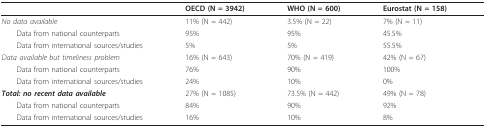
|  | OECD (N = 3942) | WHO (N = 600) | Eurostat (N = 158) |
 | --- | --- | --- | --- |
 | No data available | 11% (N = 442) | 3.5% (N = 22) | 7% (N = 11) |
 | Data from national counterparts | 95% | 95% | 45.5% |
 | Data from international sources/studies | 5% | 5% | 55.5% |
 | Data available but timeliness problem | 16% (N = 643) | 70% (N = 419) | 42% (N = 67) |
 | Data from national counterparts | 76% | 90% | 100% |
 | Data from international sources/studies | 24% | 10% | 0% |
 | Total: no recent data available | 27% (N = 1085) | 73.5% (N = 442) | 49% (N = 78) |
 | Data from national counterparts | 84% | 90% | 92% |
 | Data from international sources/studies | 16% | 10% | 8% |